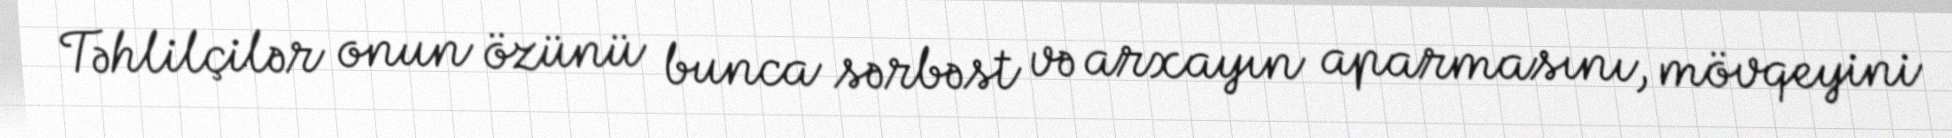
Təhlilçilər onun özünü bunca sərbəst və arxayın aparmasını, mövqeyini